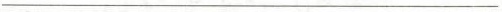
___